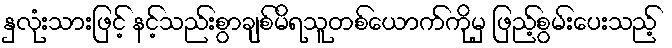
နှလုံးသားဖြင့် နင့်သည်းစွာချစ်မိရသူတစ်ယောက်ကိုမှ ဖြည့်စွမ်းပေးသည့်